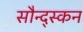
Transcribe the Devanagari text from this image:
सौन्द्स्कन